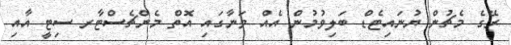
ރޭގެ މެޗުން ޔުނައިޓެޑް ބަލިވުމުން އެއް ވަނާގައި އޮތް މެންޗެސްޓާރ ސިޓީ އާއި